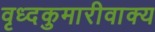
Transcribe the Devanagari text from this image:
वृध्दकुमारीवाक्य